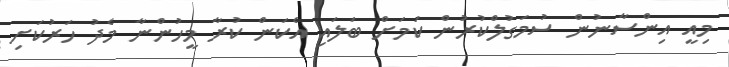
މިއީ އިންސާނުން ސުމަގުލްކުރުން ކަމަށް ބަލައި އެކަން ކުރާ މީހުންނާ މެދު ހަރުކަށި